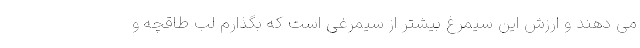
می دهند و ارزش این سیمرغ بیشتر از سیمرغی است که بگذارم لب طاقچه و